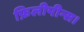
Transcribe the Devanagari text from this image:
फ़िलीपीन्स।